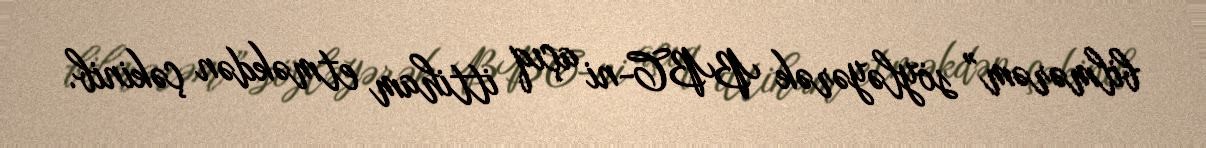
bilmərəm” söyləyərək BBC-ni açıq ittiham etməkdən çəkinib.